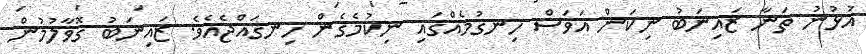
އުޅުނު ތަނާ ޒައިނަބު ނިކަން އަވަސް ހިނގުމެއްގައި ނިކުމެގެން ހިނގައްޖެއެވެ. ޒައިނަބު ގޮވާލުމުން